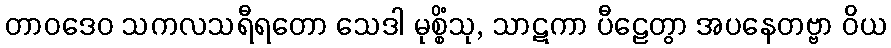
တာဝဒေဝ သကလသရီရတော သေဒါ မုစ္စိံသု, သာဋကာ ပီဠေတွာ အပနေတဗ္ဗာ ဝိယ